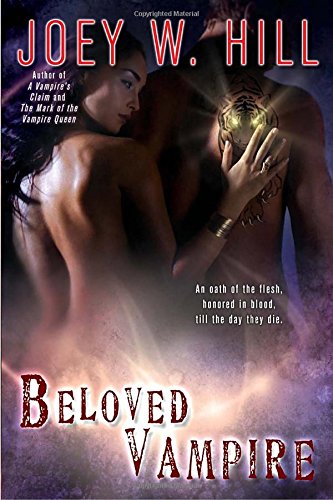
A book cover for Beloved Vampire (Vampire Queen); Joey W. Hill; Romance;